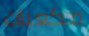
مكعبات